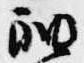
袖